system: You are a helpful assistant.
user:
Analyze the provided spectrum to determine if it is a **S-type Star**.

- **Key Indicators for S-type Star:**

    - **(Overall Spectrum Shape):** The first and most obvious characteristic is the overall continuum (the "baseline" shape). It is **extremely "red-sloping,"** meaning the flux (light intensity) is very low on the left side (blue, ~4000-4500 Å) and rises steeply and continuously toward the right side (red, ~7000 Å+).

    - **(Primary):** The spectrum is defined by the presence of strong, broad molecular absorption "valleys" (bands) from **Zirconium Oxide (ZrO)**. The identification of these bands is the **primary requirement** for classifying a star as S-type.
        - **(Key Bandheads):** You must find distinct, deep "dips" where the light has been absorbed. The most critical band systems to locate are:
            - **~6474 Å** ($\gamma$-system): This is often the strongest and clearest ZrO feature, found in the red part of the spectrum.
            - **~5718 Å** & **~5551 Å** ($\beta$-system): A pair of prominent absorption features in the yellow-orange part of the spectrum.
            - **~4640 Å** ($\alpha$-system): A key absorption band system in the blue-green region of the spectrum.

    - **(Secondary Confirmation):** The classification is strengthened by finding additional absorption bands from other related heavy element oxides, which are expected to be present alongside ZrO.
        - **(Key Bandheads):**
            - **Yttrium Oxide (YO):** Look for absorption dips near **~4800 Å** and **~6100 Å**.
            - **Lanthanum Oxide (LaO):** Additional absorption features, particularly in the red-orange part of the spectrum, are also characteristic.

    - **(Line Profile):** The combination of the steep red continuum and these numerous, deep molecular bands (ZrO, YO, etc.) gives the entire spectrum a very **"chopped-up"** or **"bumpy"** appearance. Instead of a smooth curve, the spectrum looks as though large, wide chunks of light have been "carved out" of it at the specific wavelengths listed above.

Think first, call **spectral_visualization_tool** if needed to examine features in detail, then provide your final answer. Your response must adhere to the following strict rules:
1.  **Overall Structure:** Your response must follow the format `<think>...</think> <tool_call>...</tool_call> (if a tool is used) <answer>...</answer>`.
2.  **Tool Usage Constraint:** You may only make **one** tool call per turn.
3.  **Final Answer Format:** In the `<answer>` tag, your conclusion must be inside a `\boxed{}` command (e.g., `\boxed{YES}` or `\boxed{NO}`), followed by your justification.

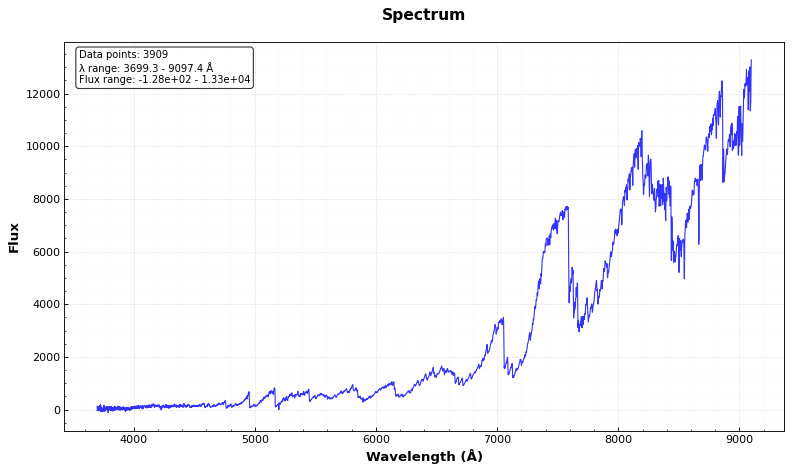
Answer: YES